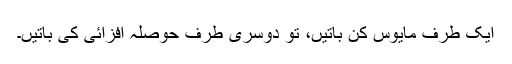
ایک طرف مایوس کن باتیں، تو دوسری طرف حوصلہ افزائی کی باتیں۔